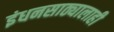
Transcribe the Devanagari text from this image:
इंधनसाठ्यालाही